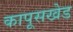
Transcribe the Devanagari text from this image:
कापूसखेड